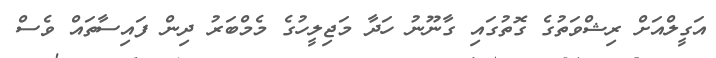
އަގީލްއަށް ރިޝްވަތުގެ ގޮތުގައި ގާނޫނު ހަދާ މަޖިލީހުގެ މެމްބަރު ދިން ފައިސާތައް ވެސް